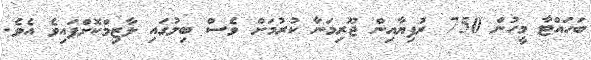
ބަހައްޓާ މީހުން 750 ރުފިޔާއިން ޖޫރިމަނާ ކުރުމަށް ވެސް ބިލުގައި ލާޒިމްކޮށްފައިވެ އެވެ.